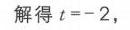
解得 \(t = - 2\)